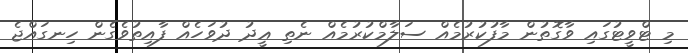
މި ޓްވީޓުގައި ވާގޮތުން މާފުކުރުމެއް ސަލާމްކުރުމެއް ނެތި ޢީދު ދުވަހެއް ފާއިތުވެގެން ހިނގައްޖެ